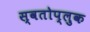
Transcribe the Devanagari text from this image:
स्वतोप्लुक